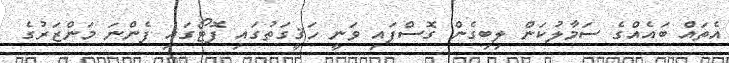
އެތައް ބައެއްގެ ސަމާލުކަން ލިބިގެން ގޮސްފައި ވަނީ ހަޤީގަތުގައި ފޮޓޯގައި ފެންނަ މަންޒަރުގެ